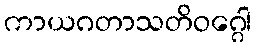
ကာယဂတာသတိဝဂ္ဂေါ